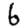
Digit: 6